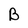
Character: B